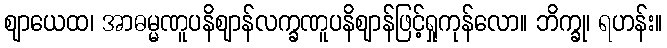
ဈာယေထ၊ အာဓမ္မဏူပနိဈာန်လက္ခဏူပနိဈာန်ဖြင့်ရှုကုန်လော။ ဘိက္ခု၊ ရဟန်း။